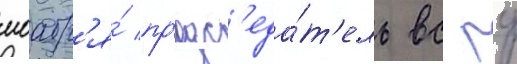
ноабр'я́ пр'едс'еда́т'ель вс рф